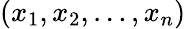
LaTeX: (x_{1},x_{2},\dotsc,x_{n})